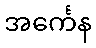
အင်္ကေန